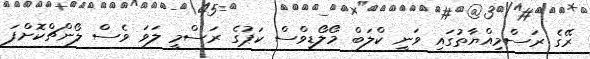
ރޭގެ ރަސްމިއްޔާތުގައި ވަނީ ކްލަބް މޯލޯޑިވްސް ކަޕުގެ ރަސްމީ ލަވަ ވެސް ލޯންޗްކޮށްފަ